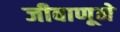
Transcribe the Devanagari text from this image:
जीवाणूने